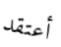
أعتقد